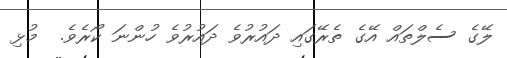
ލޭގެ ސެލްތައް އޭގެ ތެރޭގައި ދައުރުވެ ދައުރުވެ ހުންނަ ކޯރެވެ.  މުޅި